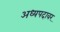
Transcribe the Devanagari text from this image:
अध्यपदावर